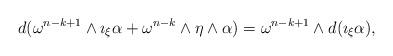
LaTeX: \begin{align*} d(\omega^{n-k+1}\wedge \imath_\xi\alpha+\omega^{n-k}\wedge\eta\wedge\alpha)=\omega^{n-k+1}\wedge d(\imath_\xi\alpha),\end{align*}